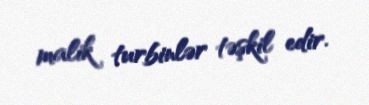
malik turbinlər təşkil edir.